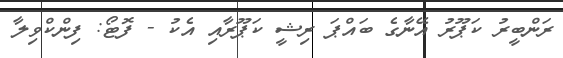
ރަންބީރު ކަޕޫރު އޭނާގެ ބައްޕަ ރިޝީ ކަޕޫރާއި އެކު - ފޮޓޯ: ފިންކްވިލާ